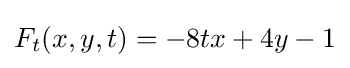
F_{t}(x,y,t)=-8tx+4y-1